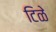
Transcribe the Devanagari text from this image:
टिळे